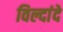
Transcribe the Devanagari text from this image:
विल्दांदे